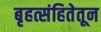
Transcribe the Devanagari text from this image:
बृहत्संहितेतून